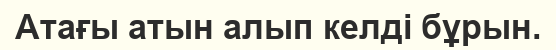
Атағы атын алып келді бұрын.